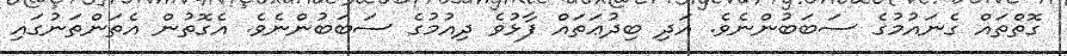
ގޮތްތައް ގެނައުމުގެ ސަބަބުންނެވެ. އަދި ބިދުޢަތައް ފާޅުވެ ދިއުމުގެ ސަބަބުންނެވެ. އެގޮތުން އެތަންތަނުގައި